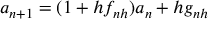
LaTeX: a _ { n + 1 } = ( 1 + h f _ { n h } ) a _ { n } + h g _ { n h }